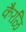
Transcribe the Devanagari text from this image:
कैरळि